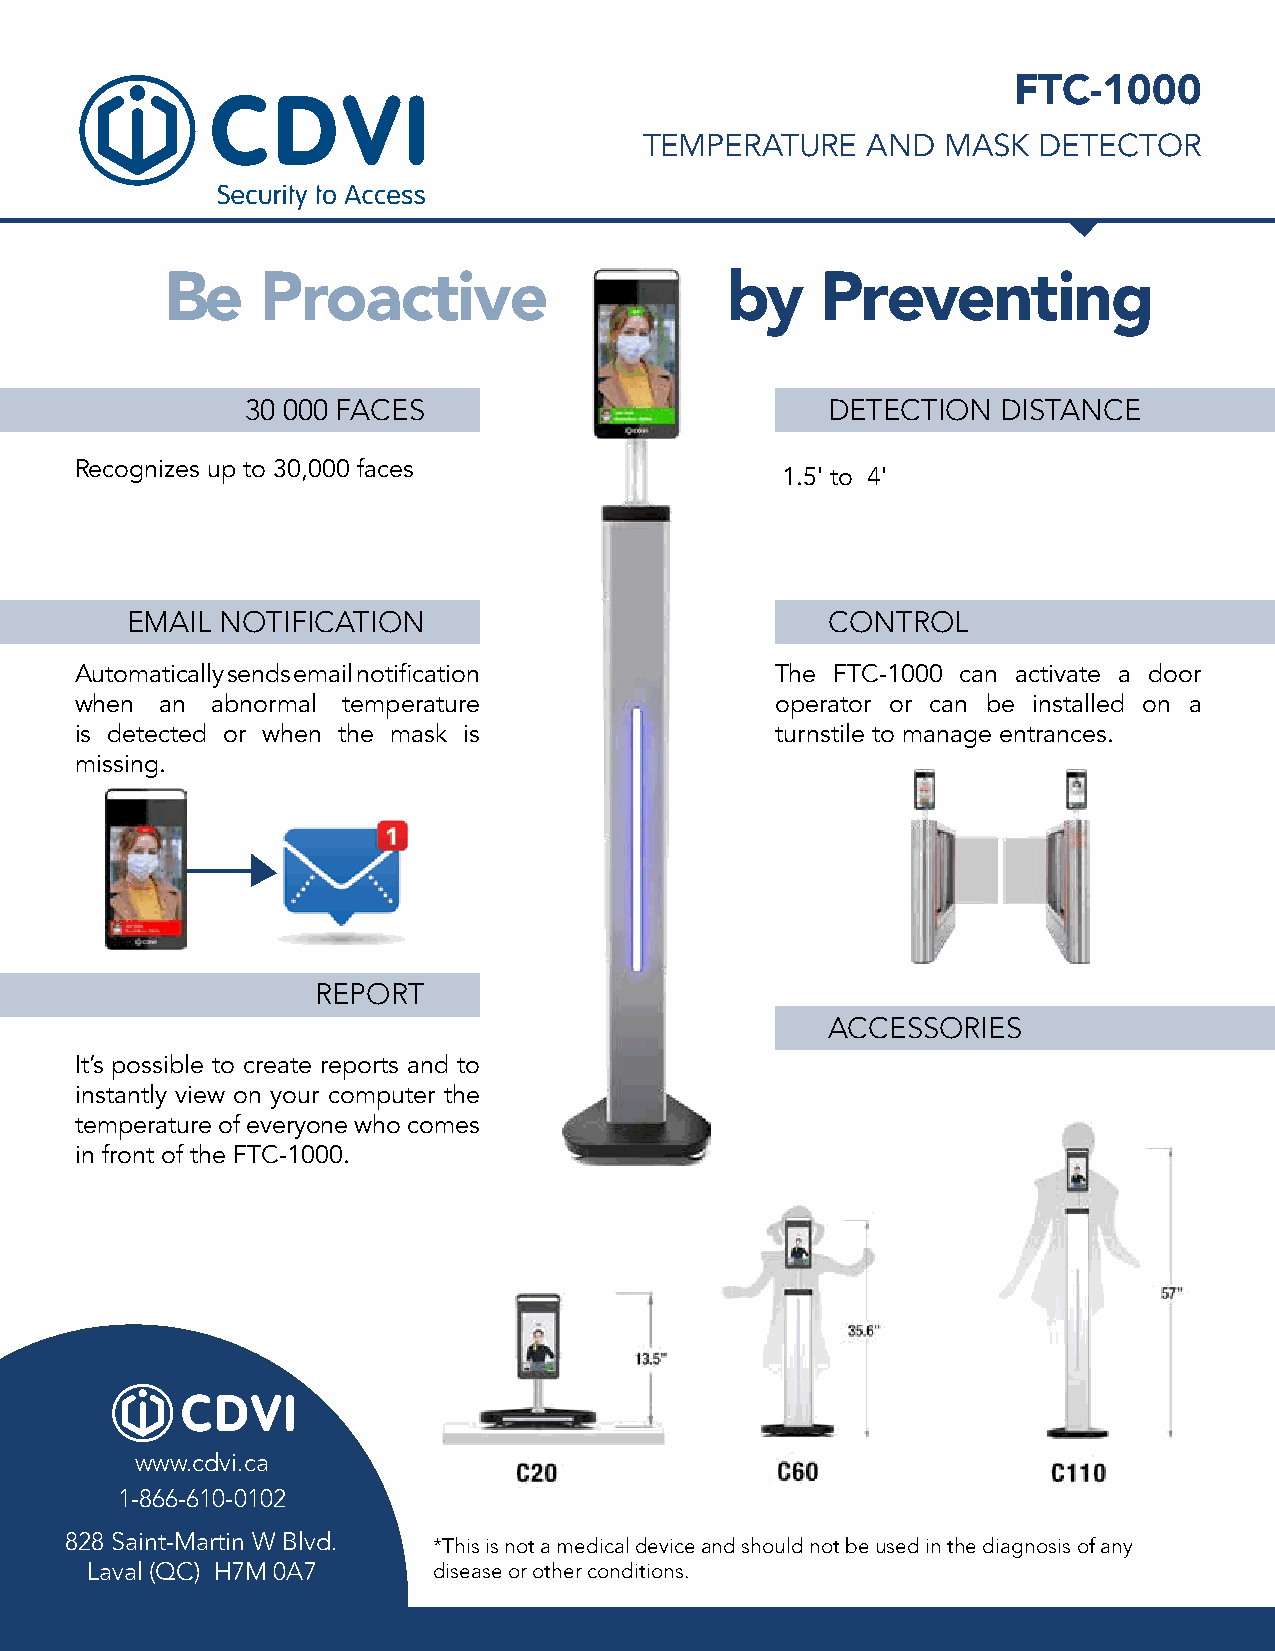
FTC-1000NT
 TEMPERATURE   AND  MASK   DETECTOR
 Be    Proactive                      by    Preventing
 30 000 FACES                           DETECTION  DISTANCE
 Recognizes up to 30,000 faces
 1.5' to 4'
 EMAIL  NOTIFICATION                            CONTROL
 Automatically sends email notification        The FTC-1000 can activate a door
 when  an abnormal temperature                 operator or can be installed on a
 is detected or when the mask is               turnstile to manage entrances.
 missing.
 REPORT
 ACCESSORIES
 It’s possible to create reports and to
 instantly view on your computer the
 temperature of everyone who comes
 in front of the FTC-1000.
 www.cdvi.ca
 1-866-610-0102
 828 Saint-Martin W Blvd. *This is not a medical device and should not be used in the diagnosis of any
 Laval (QC) H7M 0A7     disease or other conditions.